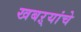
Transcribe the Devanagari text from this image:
खबऱ्यांचे